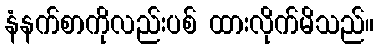
နံနက်စာကိုလည်းပစ် ထားလိုက်မိသည်။